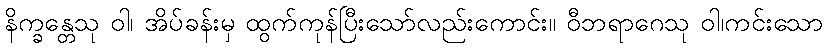
နိက္ခန္တေသု ဝါ၊ အိပ်ခန်းမှ ထွက်ကုန်ပြီးသော်လည်းကောင်း။ ဝီဘရာဂေသု ဝါ၊ကင်းသော